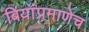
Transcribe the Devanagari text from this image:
बियांप्रमाणेच